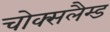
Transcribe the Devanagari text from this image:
चोक्सलैम्ड